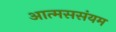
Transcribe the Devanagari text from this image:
आत्मससंयम